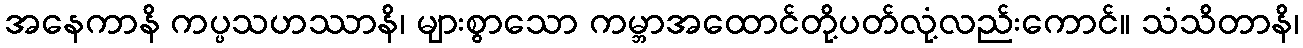
အနေကာနိ ကပ္ပသဟဿာနိ၊ များစွာသော ကမ္ဘာအထောင်တို့ပတ်လုံ့လည်းကောင်။ သံသိတာနိ၊